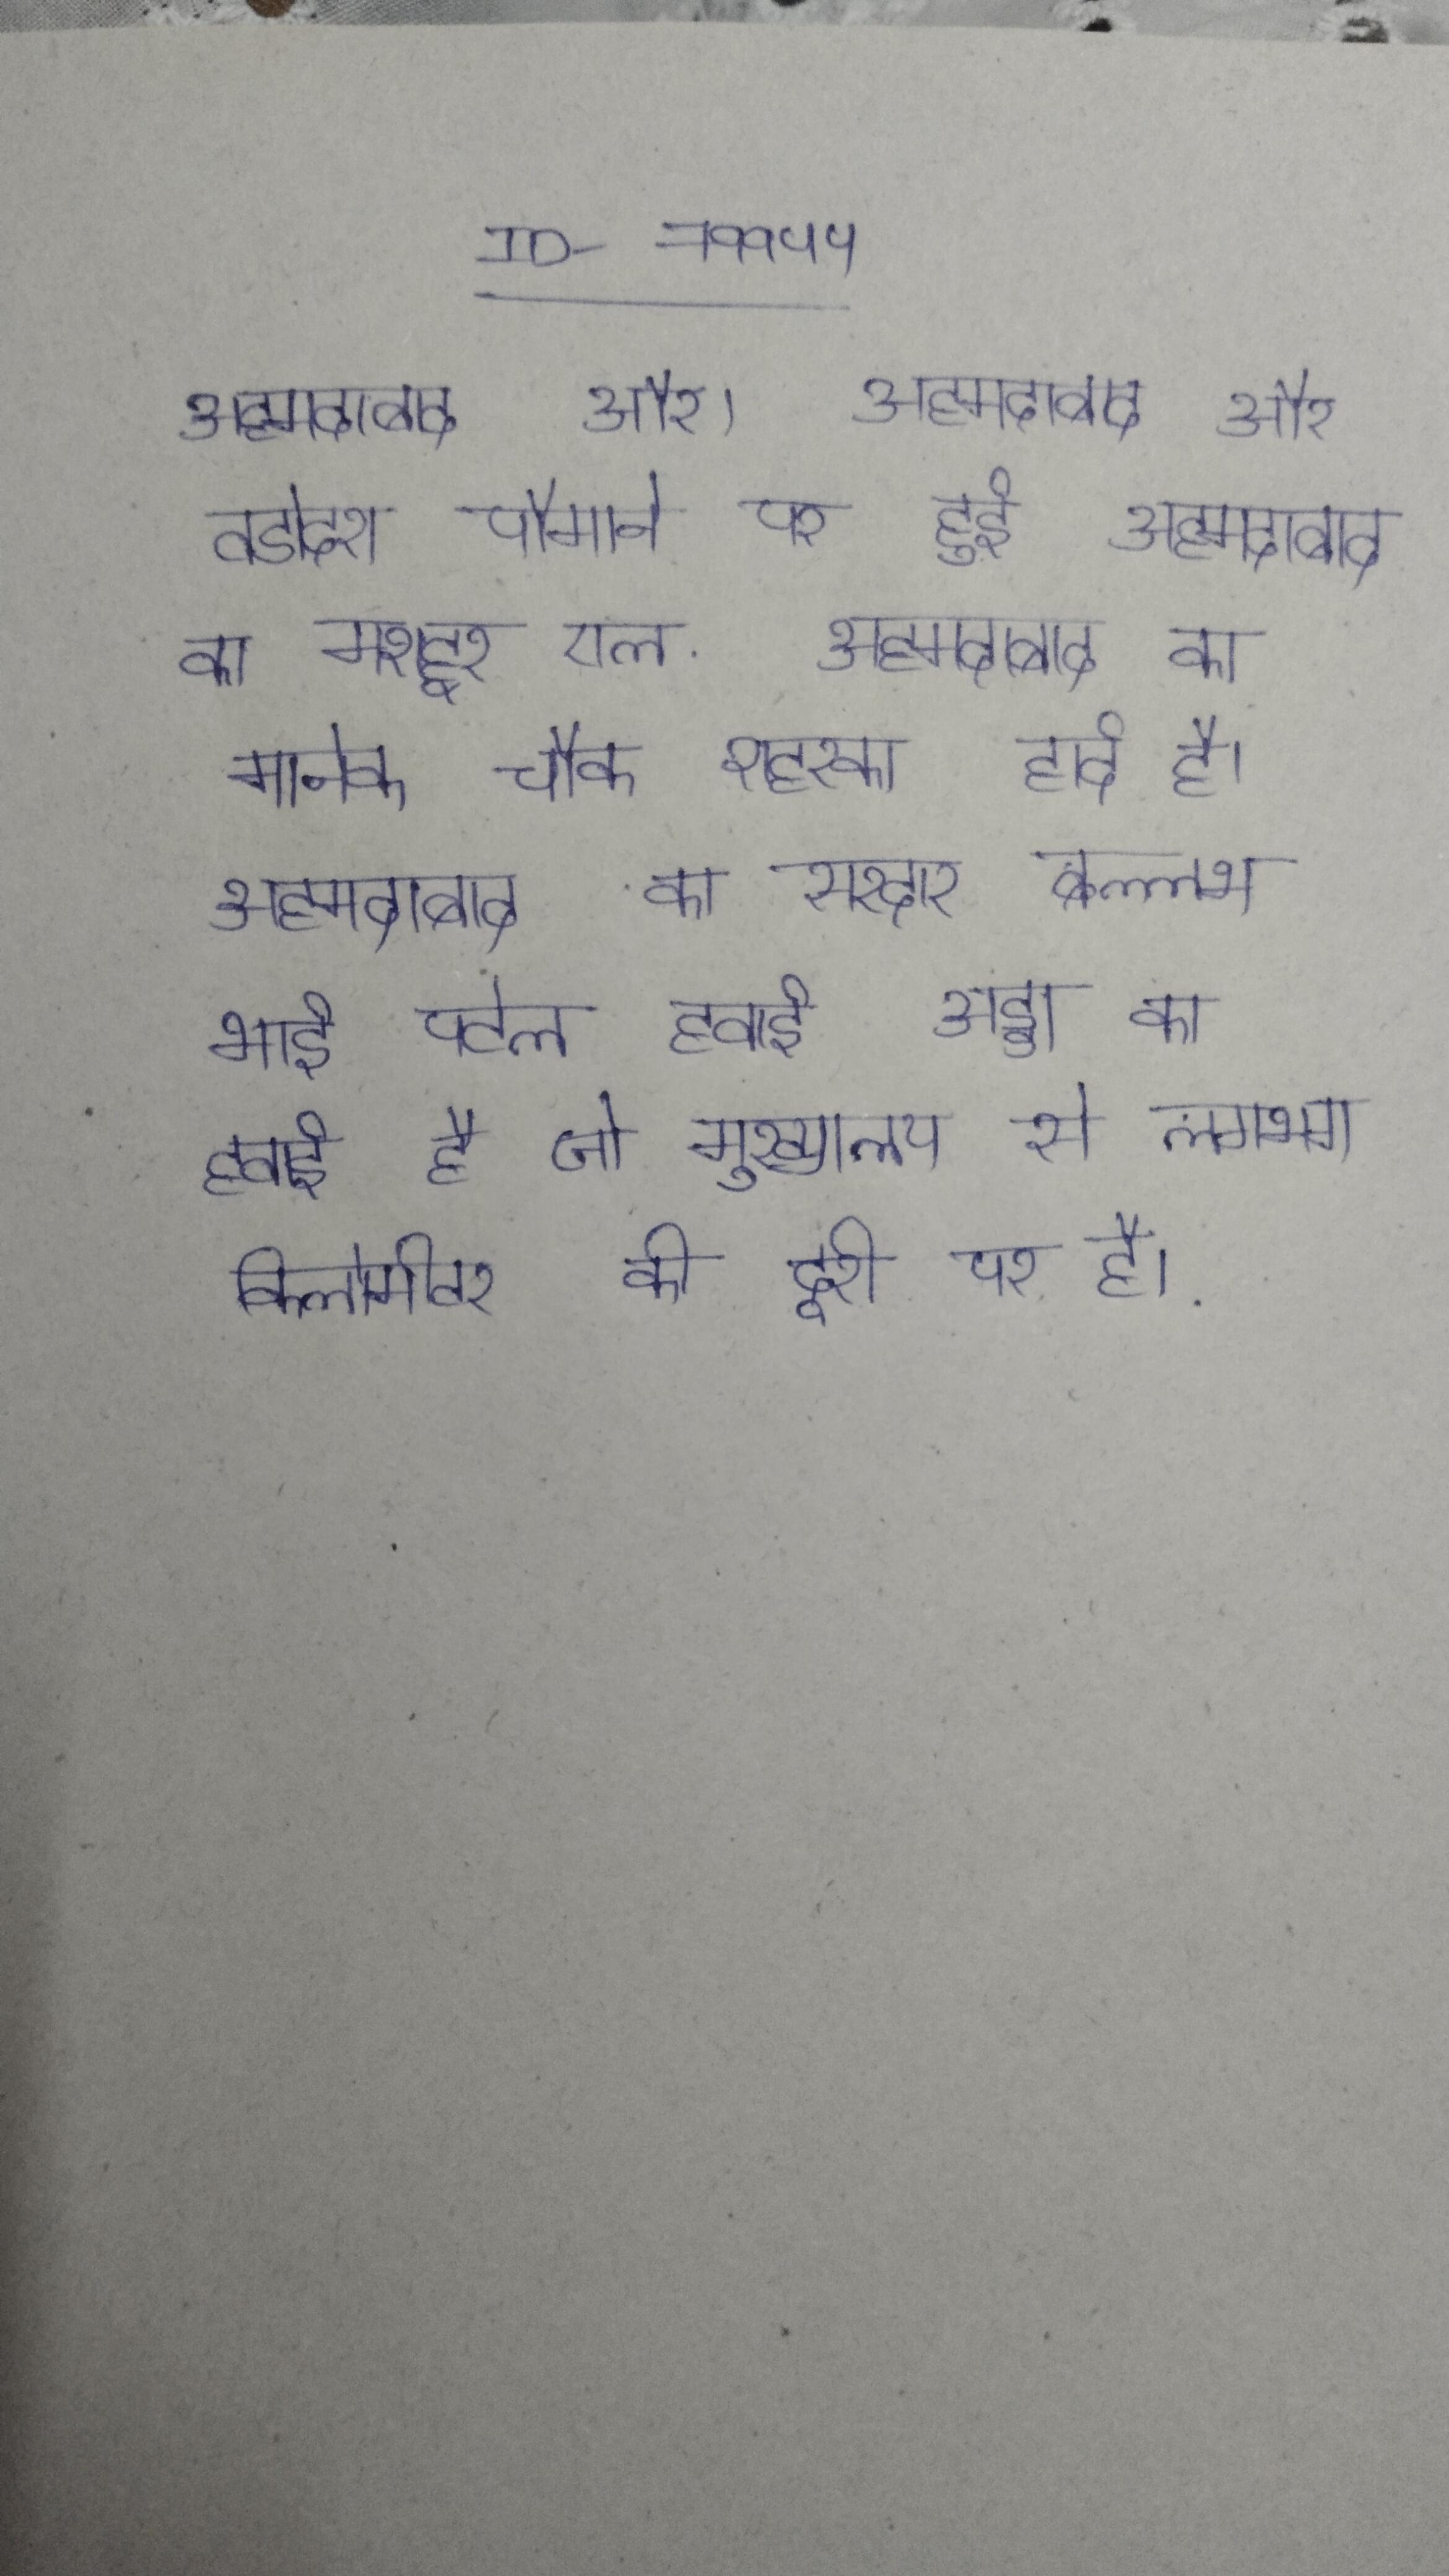
अहमदाबाद और । अहमदाबाद और वडोदरा पैमाने पर हुई . अहमदाबाद का मशहूर एल . अहमदाबाद का मानेक चौक शहरका हार्द है । अहमदाबाद का सरदार बल्लभ भाई पटेल हवाई अड्डा का हवाई अड्डा है जो मुख्यालय से लगभग किलोमीटर की दूरी पर है ।